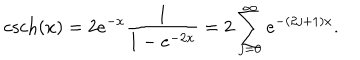
LaTeX: \mathrm { c s c h } ( x ) = 2 e ^ { - x } \frac { 1 } { 1 - e ^ { - 2 x } } = 2 \sum _ { j = 0 } ^ { \infty } e ^ { - ( 2 j + 1 ) x } .